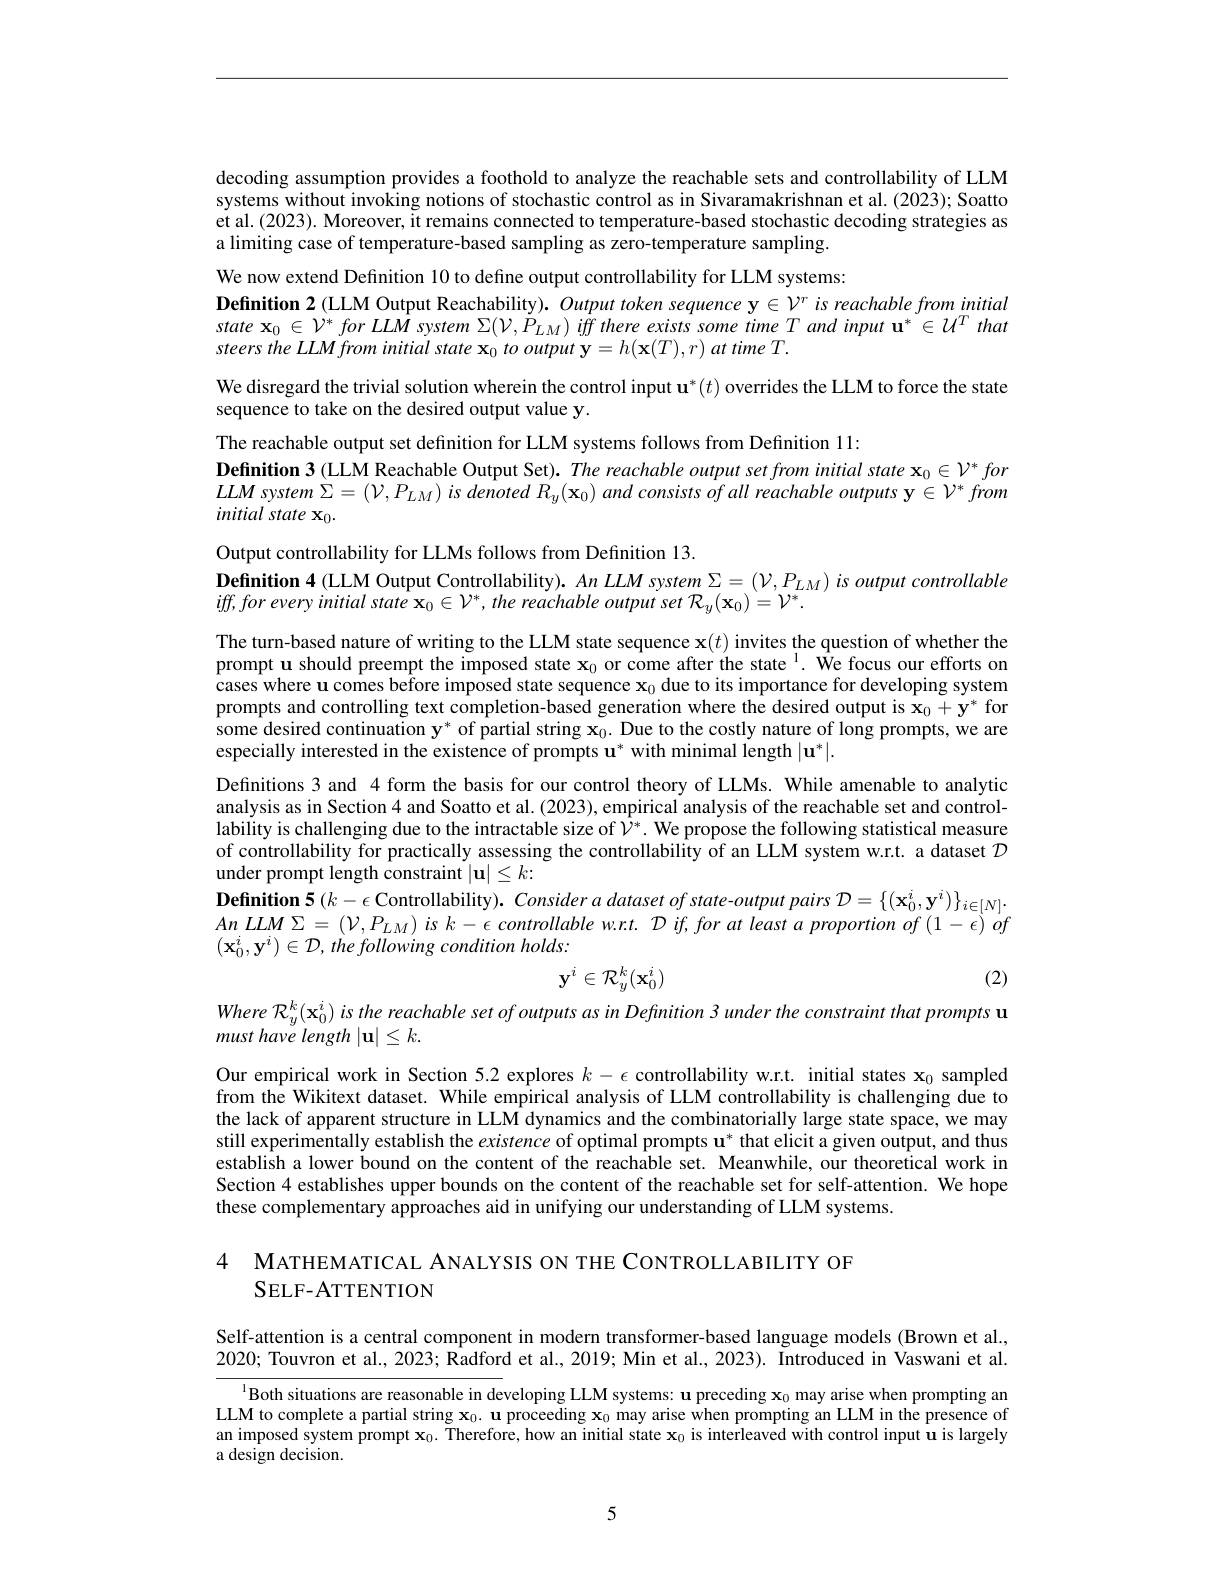
decoding assumption provides a foothold to analyze the reachable sets and controllability of LLM systems without invoking notions of stochastic control as in Sivaramakrishnan et al. (2023); Soatto et al. (2023). Moreover, it remains connected to temperature-based stochastic decoding strategies as a limiting case of temperature-based sampling as zero-temperature sampling.

We now extend Definition 10 to define output controllability for LLM systems:
Definition 2 (LLM Output Reachability). Output token sequence $\mathbf{y}\in\mathcal{V}^r$ is reachable from initial $state\mathbf{x} _{0}\in \mathcal{V} ^{* }for$ $LLM$ system $\Sigma ( \mathcal{V} , P_{LM})$ iff there exists some time $T$ and input $\mathbf{u} ^{* }\in U^{T}$ that steers the LLM from initial state x$_0\textit{to output y}= h( \mathbf{x} ( T) , r) \textit{at time T}.$
We disregard the trivial solution wherein the control input $\mathbf{u}^*(t)$ overrides the LLM to force the state
sequence to take on the desired output value y.
The reachable output set definition for LLM systems follows from Definition 11:
Definition 3 (LLM Reachable Output Set). The reachable output set from initial state $\mathbf{x}_0\in\mathcal{V}^*for$ $LLM$ system $\Sigma=(\mathcal{V},P_{LM})$ is denoted $R_y(\mathbf{x}_0)$ and consists of all reachable outputs $\mathbf{y}\in\mathcal{V}^*$ from initial state x$_0.$
Output controllability for LLMs follows from Definition 13.
$\textbf{Definition 4 ( LLM Output Controllability) . An LLM system }\Sigma = ( \mathcal{V} , P_{LM})$ is output controllable
$iff,for$ every initial state $\mathbf{x}_0\in\mathcal{V}^*,the$ reachable output set $\mathcal{R}_y(\mathbf{x}_0)=\mathcal{V}^*.$
The turn-based nature of writing to the LLM state sequence $\mathbf{x}(t)$ invites the question of whether the prompt u should preempt the imposed state $\mathbf{x}_0$ or come after the state $^{\mathrm{i}}$ We focus our efforts on cases where u comes before imposed state sequence $\mathbf{x}_0$ due to its importance for developing system prompts and controlling text completion-based generation where the desired output is $\mathbf{x}_0+\mathbf{y}^*$ for some desired continuation $\mathbf{y}^*$ of partial string $\mathbf{x}_0.$ Due to the costly nature of long prompts, we are especially interested in the existence of prompts u* with minimal length $|\mathbf{u}^*|.$
Definitions 3 and 4 form the basis for our control theory of LLMs. While amenable to analytic analysis as in Section 4 and Soatto et al. (2023), empirical analysis of the reachable set and controllability is challenging due to the intractable size of $\hat{\mathcal{V}}^*.$ We propose the following statistical measure of controllability for practically assessing the controllability of an LLM system w.r.t. a dataset $\mathcal{D}$ under prompt length constraint $|\mathbf{u}|\leq k{:}$
$\textbf{Definition 5}( k- \epsilon$ Controllability). Consider a dataset of state-output pairs $\mathcal{D}=\{(\mathbf{x}_0^i,\mathbf{y}^i)\}_{i\in[N]}.$ $An$ $LLM$ $\Sigma =$ $( \mathcal{V} , P_{LM})$ $is$ $k- \epsilon$ controllable $w. r. t.$ $\mathcal{D}$ $if, for$ $at$ least $a$ proportion $of$ $( 1- \epsilon )$ $of$ $(\mathbf{x}_0^i,\mathbf{y}^i)\in\mathcal{D},thefollowing$ condition holds:
$$\mathbf{y}^i\in\mathcal{R}_y^k(\mathbf{x}_0^i)$$
(2)
Where $\mathcal{R} _y^k( \mathbf{x} _0^i)$ is the reachable set of outputs as in Definition 3 under the constraint that prompts u

must have length $|\mathbf{u}|\leq k.$

Our empirical work in Section 5.2 explores $k-\epsilon$ controllability w.r.t. initial states $\mathbf{x}_0$ sampled from the Wikitext dataset. While empirical analysis of LLM controllability is challenging due to the lack of apparent structure in LLM dynamics and the combinatorially large state space, we may still experimentally establish the existence of optimal prompts $\mathbf{u}^*$ that elicit a given output, and thus establish a lower bound on the content of the reachable set. Meanwhile, our theoretical work in Section 4 establishes upper bounds on the content of the reachable set for self-attention. We hope these complementary approaches aid in unifying our understanding of LLM systems.

4 МАТНЕМАТIСАL АNALYSIS ON THE СОNTROLLABILITY OF
## SELF- ATTENTION

Self-attention is a central component in modern transformer-based language models (Brown et al., 2020; Touvron et al., 2023; Radford et al., 2019; Min et al., 2023). Introduced in Vaswani et al.

$^{1}$Both situations are reasonable in developing LLM systems: u preceding $\mathbf{x}_0$ may arise when prompting an LLM to complete a partial string $\mathbf{x}_0.\mathbf{u}$ proceeding $\mathbf{x}_0$ may arise when prompting an LLM in the presence of an imposed system prompt $\mathbf{x}_0.$ Therefore, how an initial state $\mathbf{x}_0$ is interleaved with control input u is largely a design decision.

5